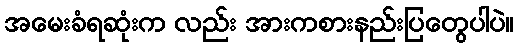
အမေးခံရဆုံးက လည်း အားကစားနည်းပြတွေပါပဲ။